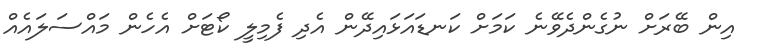
އިން ބޭރަށް ނުގެންދެވޭނެ ކަމަށް ކަނޑައަޅައިދޭން އެދި ފެމިލީ ކޯޓަށް އެހެން މައްސަލައެއް